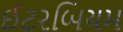
ઈટરબિયમ